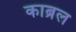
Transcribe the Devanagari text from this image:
काब्रल